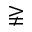
\gneqq